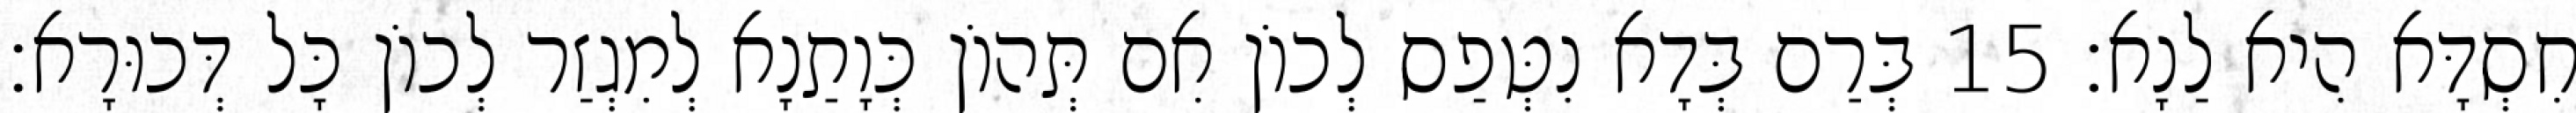
חִסְדָּא הִיא לַנָא׃ 15 בְּרַם בְּדָא נִטְּפַס לְכוֹן אִם תְּהוֹן כְּוָתַנָא לְמִגְזַר לְכוֹן כָּל דְּכוּרָא׃